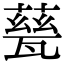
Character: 甆